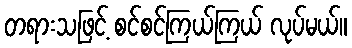
တရားသဖြင့် စင်စင်ကြယ်ကြယ် လုပ်မယ်။